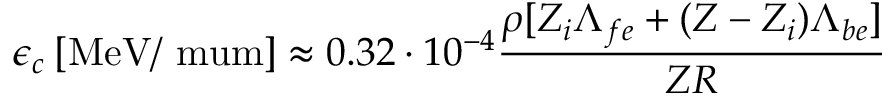
\epsilon _ { c } \: [ \mathrm { M e V / \ m u m } ] \approx 0 . 3 2 \cdot 1 0 ^ { - 4 } \frac { \rho [ Z _ { i } \Lambda _ { f e } + ( Z - Z _ { i } ) \Lambda _ { b e } ] } { Z R }